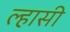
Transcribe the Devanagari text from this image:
ल्हासी